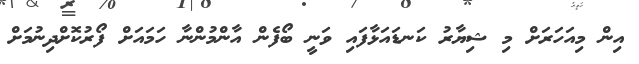
އިން މިއަހަރަށް މި ޝިޔާރު ކަނޑައަޅާފައި ވަނީ ބޯފެން އާންމުންނާ ހަމައަށް ފޯރުކޮށްދިނުމަށް